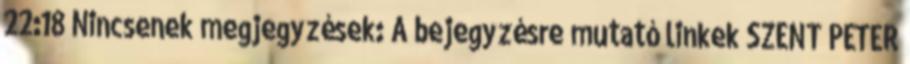
22:18 Nincsenek megjegyzések: A bejegyzésre mutató linkek SZENT PÉTER